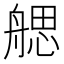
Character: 𦩭